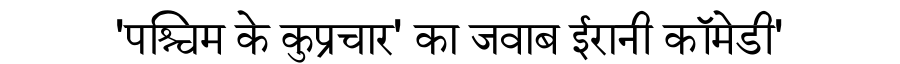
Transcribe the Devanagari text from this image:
'पश्चिम के कुप्रचार' का जवाब ईरानी कॉमेडी'